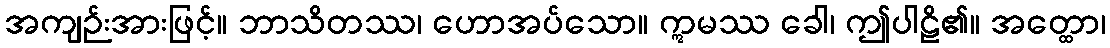
အကျဉ်းအားဖြင့်။ ဘာသိတဿ၊ ဟောအပ်သော။ ဣမဿ ခေါ၊ ဤပါဠိ၏။ အတ္ထော၊